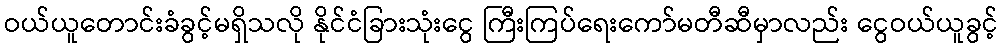
ဝယ်ယူတောင်းခံခွင့်မရှိသလို နိုင်ငံခြားသုံးငွေ ကြီးကြပ်ရေးကော်မတီဆီမှာလည်း ငွေဝယ်ယူခွင့်